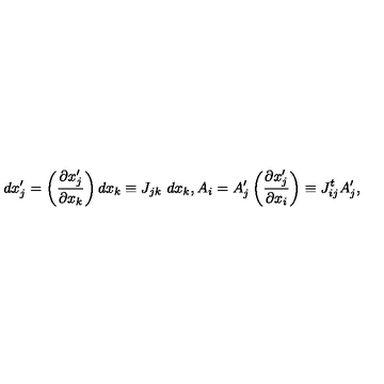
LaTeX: d x _ { j } ^ { \prime } = \left( \frac { \partial x _ { j } ^ { \prime } } { \partial x _ { k } } \right) d x _ { k } \equiv J _ { j k } \ d x _ { k } , A _ { i } = A _ { j } ^ { \prime } \left( \frac { \partial x _ { j } ^ { \prime } } { \partial x _ { i } } \right) \equiv J _ { i j } ^ { t } A _ { j } ^ { \prime } ,